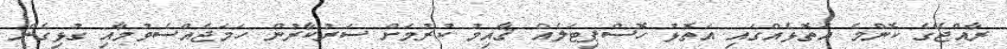
ރާއްޖޭގެ ކޮންމެ އަތޮޅެއްގައި އަތޮޅު ހޮސްޕިޓަލެއް ޤާއިމު ކުރުމަށް ސަރުކާރުން ހަމަޖެއްސެވުމާއި ގުޅިގެން